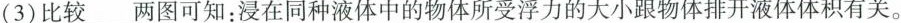
(3)比较___两图可知：浸在同种液体中的物体所受浮力的大小跟物体排开液体体积有关。